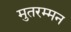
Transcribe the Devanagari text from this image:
मुतरम्मन